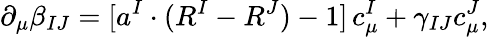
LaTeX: \partial_{\mu}\beta_{IJ}=[a^{I}\cdot(R^{I}-R^{J})-1]\, c_{\mu}^{I}+\gamma_{IJ}c_{\mu}^{J},